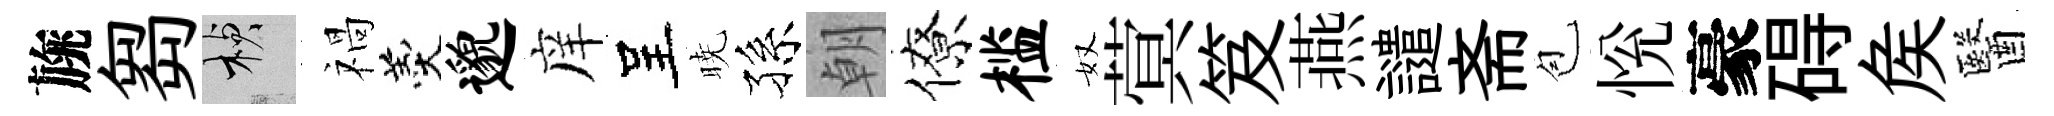
旐芻楨禍羹邈庠呈暁孫朝僚槛奴蓂笈燕譴斋苞恱豪碍矦醫